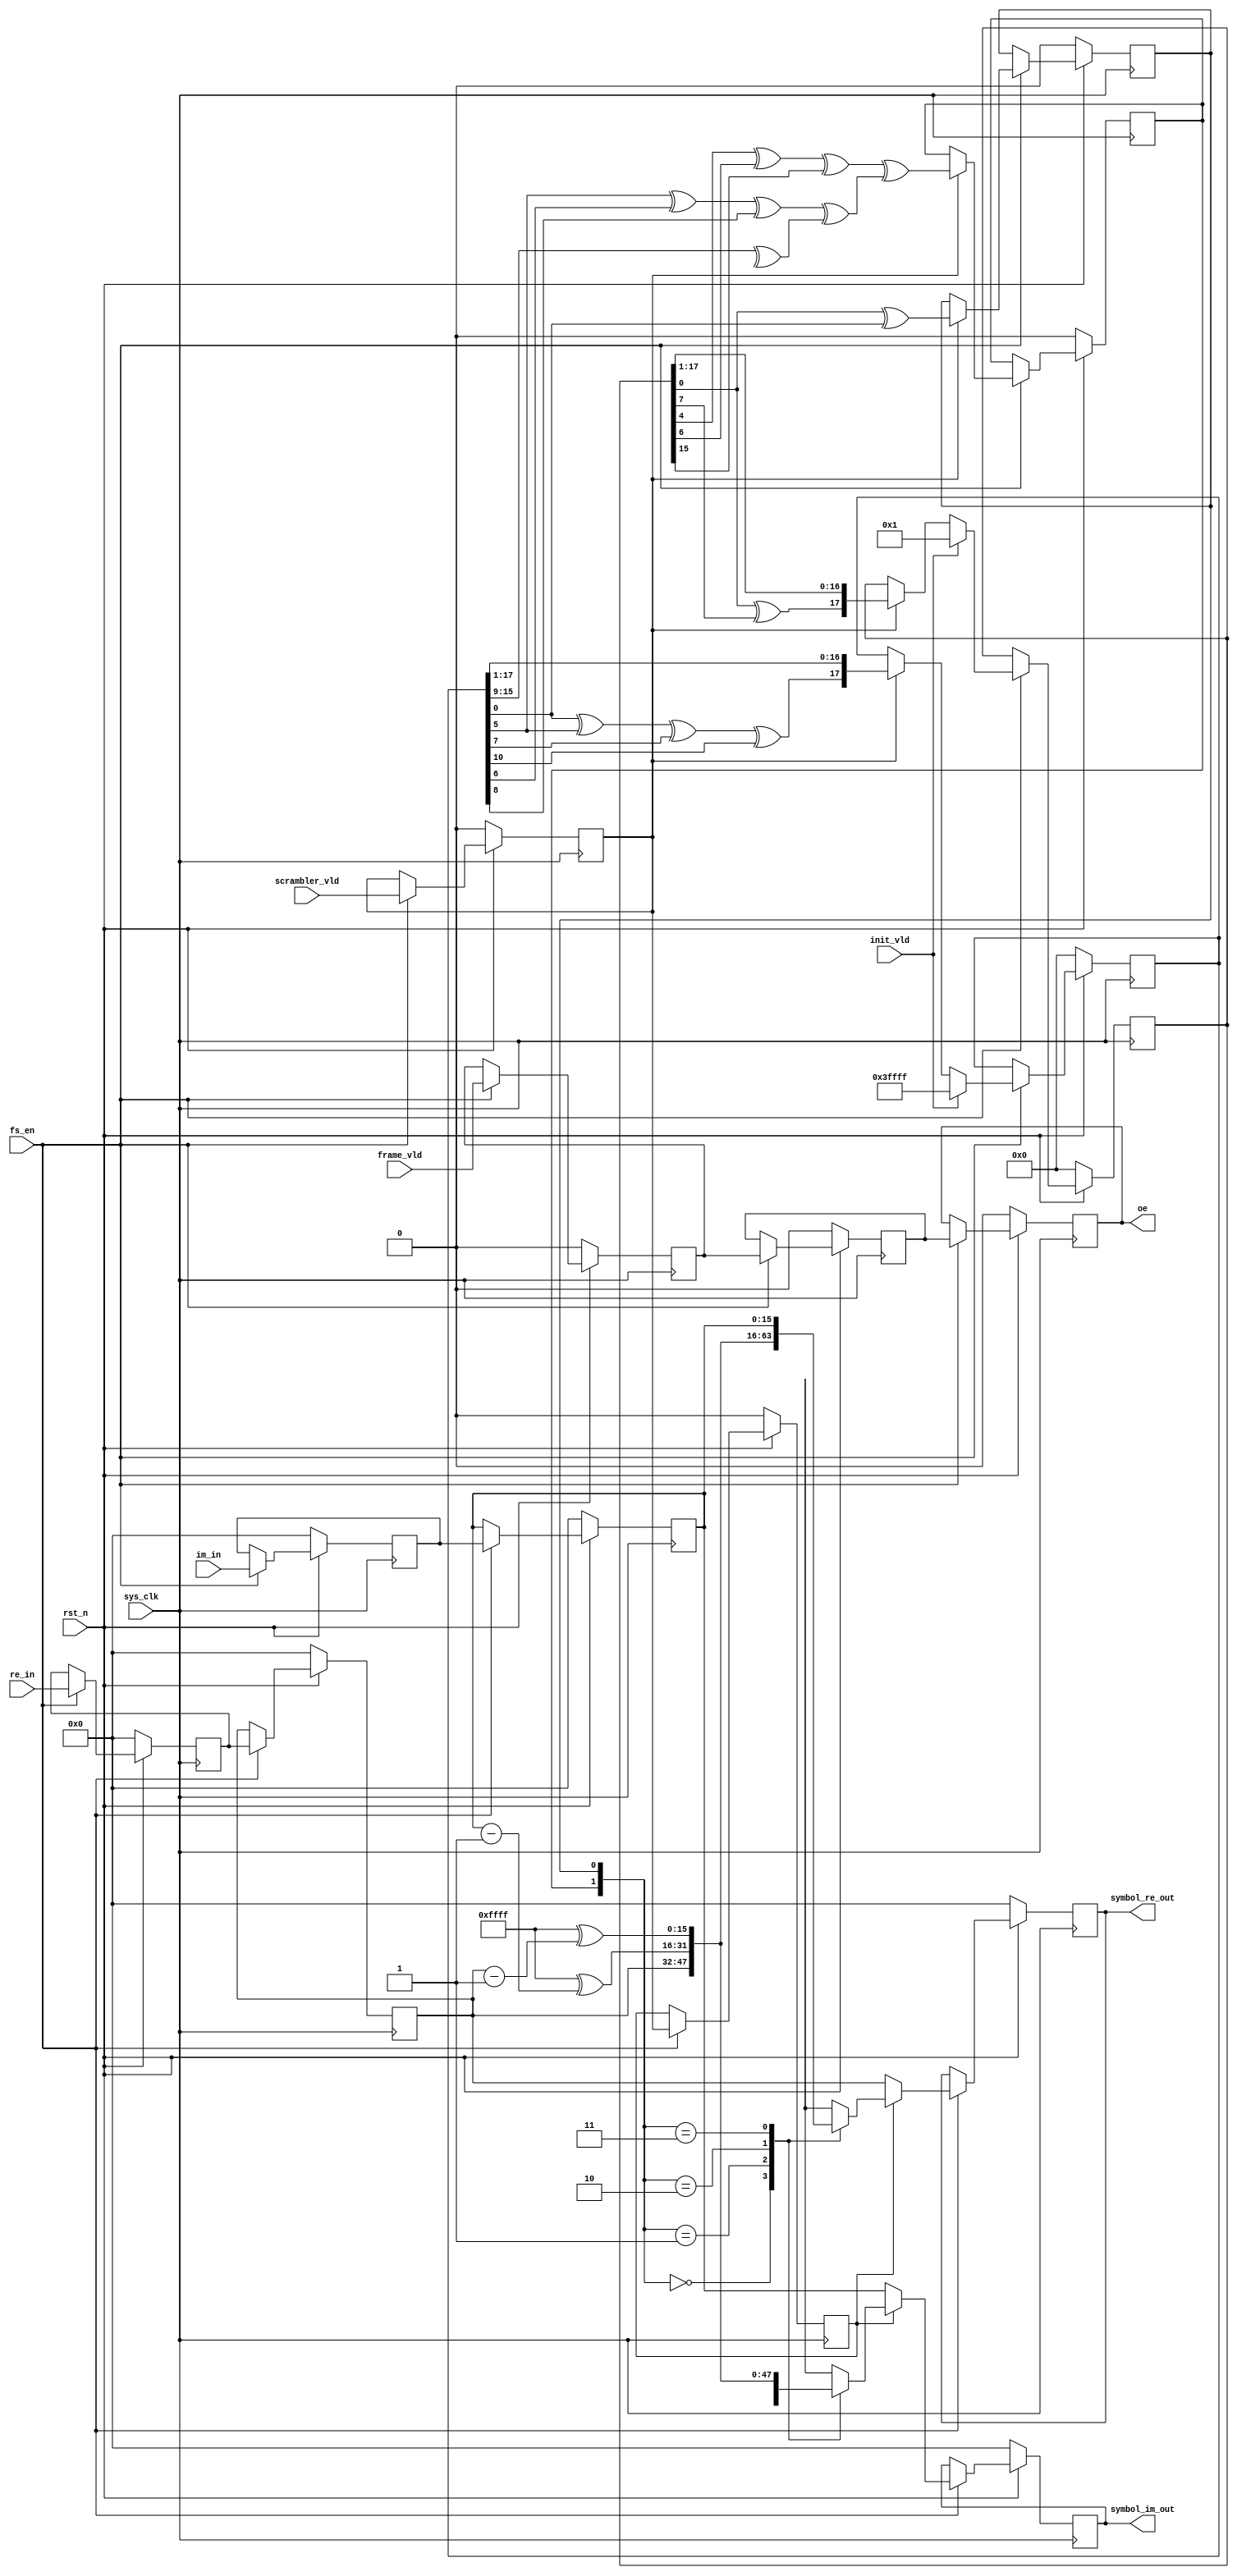

`timescale 1ns / 1ps
module plscrambler(
input	          							sys_clk,
input											fs_en,
input	          							rst_n,
//////////////////////////////////////////////////////////////
input	          							init_vld,
input	          							scrambler_vld,
input	          							frame_vld,
input	    signed      [15:0]					re_in,
input	    signed      [15:0]					im_in,

output 	reg								oe,
output 	reg	signed [15:0]					symbol_re_out,
output 	reg	signed [15:0]					symbol_im_out
);

reg	          							scrambler_vld_1dly;
reg	          							frame_vld_1dly;
reg	     signed     [15:0]					re_in_1dly;
reg	     signed     [15:0]					im_in_1dly;

reg	          							scrambler_vld_2dly;
reg	          							frame_vld_2dly;
reg	     signed     [15:0]					re_in_2dly;
reg	     signed     [15:0]					im_in_2dly;

reg				 [17:0]					scramble_regx;
reg				 [17:0]					scramble_regy;

always @(posedge sys_clk)begin
	if(~rst_n)begin
		scramble_regx <= 18'h00000;
		scramble_regy <= 18'h00000;
	end
	else if(fs_en)begin
		if(init_vld == 1'b1) begin
			scramble_regx <= 18'h00001;
			scramble_regy <= 18'h3ffff;
		end
		else if(scrambler_vld_1dly == 1'b1)begin
			scramble_regx <= {scramble_regx[0]^scramble_regx[7],scramble_regx[17:1]};
			scramble_regy <= {scramble_regy[0]^scramble_regy[5]^scramble_regy[7]^scramble_regy[10],scramble_regy[17:1]};
		end
	end
	else begin
	end
end


always @(posedge sys_clk)begin
	if(~rst_n)begin
		scrambler_vld_1dly <= 1'b0;
		frame_vld_1dly <= 1'b0;
		re_in_1dly <= 16'sh0000;
		im_in_1dly <= 16'sh0000;
		
		scrambler_vld_2dly <= 1'b0;
		frame_vld_2dly <= 1'b0;
		re_in_2dly <= 16'sh0000;
		im_in_2dly <= 16'sh0000;
		oe <= 1'b0;
	end
	else if(fs_en)begin
		scrambler_vld_1dly <= scrambler_vld;
		frame_vld_1dly <= frame_vld;
		re_in_1dly <= re_in;
		im_in_1dly <= im_in;
		
		scrambler_vld_2dly <= scrambler_vld_1dly;
		frame_vld_2dly <= frame_vld_1dly;
		re_in_2dly <= re_in_1dly;
		im_in_2dly <= im_in_1dly;
		
		oe <= frame_vld_2dly;
	end
	else begin
	end
end

reg	          							scrambler_tmpx;
reg	          							scrambler_tmpy;


always @(posedge sys_clk)begin
	if(~rst_n)begin
		scrambler_tmpx <= 1'b0;
		scrambler_tmpy <= 1'b0;
	end
	else if(fs_en)begin
		if(scrambler_vld_1dly)begin
			scrambler_tmpx <= scramble_regx[0]^scramble_regy[0];
			scrambler_tmpy <= (scramble_regx[4]^scramble_regx[6]^scramble_regx[15])^(scramble_regy[5]^scramble_regy[6]^scramble_regy[8]^(^scramble_regy[15:9]));
		end
	end
	else begin
	end
end

always @(posedge sys_clk)begin
	if(~rst_n)begin
		symbol_re_out <= 16'sh0000;
		symbol_im_out <= 16'sh0000;
	end
	else if(fs_en)begin
		if(scrambler_vld_2dly)begin
			case({scrambler_tmpy,scrambler_tmpx})
			2'b00:begin
				symbol_re_out <= re_in_2dly;
				symbol_im_out <= im_in_2dly;
			end
			2'b01:begin
				symbol_re_out <= $signed(16'hffff^im_in_2dly - 1);
				symbol_im_out <= re_in_2dly;
			end
			2'b10:begin
				symbol_re_out <= $signed(16'hffff^re_in_2dly - 1);
				symbol_im_out <= $signed(16'hffff^im_in_2dly - 1);
			end
			2'b11:begin
				symbol_re_out <= im_in_2dly;
				symbol_im_out <= $signed(16'hffff^re_in_2dly - 1);
			end
			default:begin
				symbol_re_out <= re_in_2dly;
				symbol_im_out <= im_in_2dly;
			end
		endcase
		end
		else begin
			symbol_re_out <= re_in_2dly;
			symbol_im_out <= im_in_2dly;
		end
	end
	else begin
	end
end


endmodule